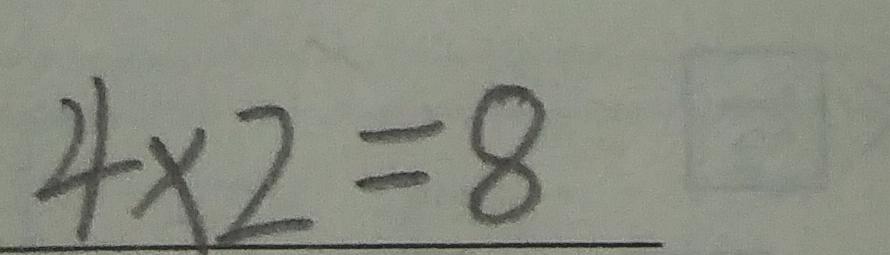
4 \times 2 = 8